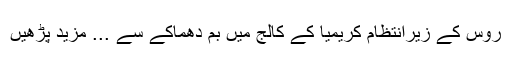
روس کے زیرانتظام کریمیا کے کالج میں بم دھماکے سے ... مزید پڑھیں